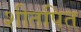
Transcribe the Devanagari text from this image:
शीतपित